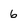
Character: 6